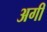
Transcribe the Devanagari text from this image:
अगीं